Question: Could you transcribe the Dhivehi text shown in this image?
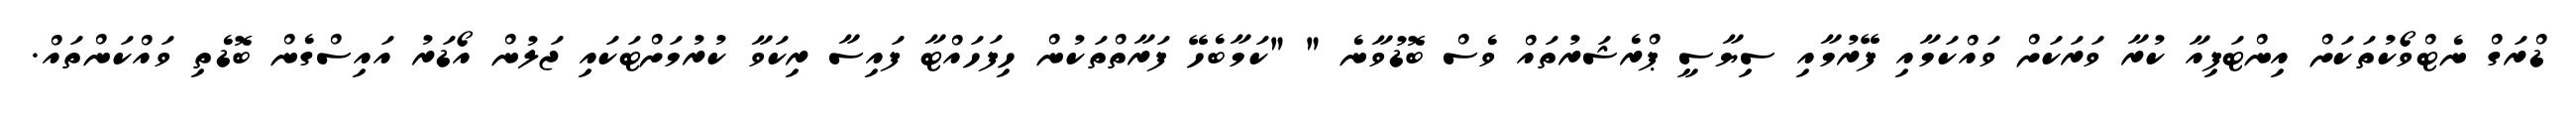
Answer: ޑްރަގް ނެޓްވޯކުތަކަށް އިންޓަފިއާ ކުރާ ވަރަކަށް ވައްކަމާއި ފޭރުމާއި ސިޔާސީ ޕްރެޝަރުތައް ވެސް ބޮޑުވާނެ " "ކަމާބެހޭ ފަރާތްތަކުން ހިފަހައްޓާ ފައިސާ ރިކަވާ ކުރުމަށްޓަކައި ޖަލުން އޯޑަރު އައިސްގެން ބޮޑެތި ވައްކަންތައް.